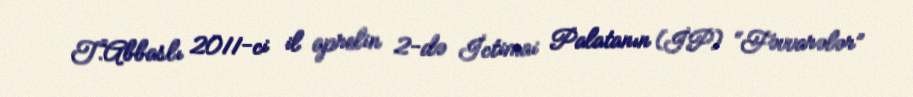
T.Abbaslı 2011-ci il aprelin 2-də İctimai Palatanın (İP) “Fəvvarələr”